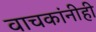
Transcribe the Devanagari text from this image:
वाचकांनीही